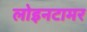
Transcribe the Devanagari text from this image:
लोइनटामर